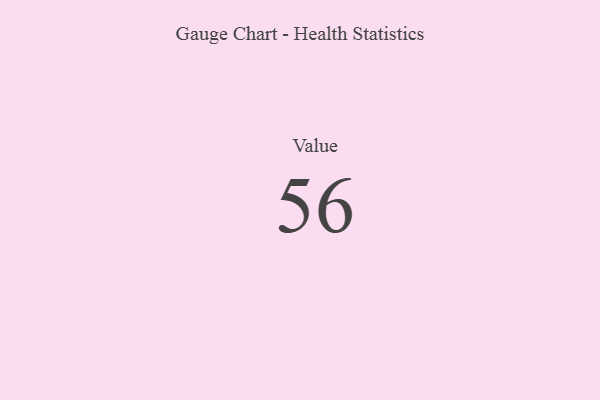
{"axis": {"x": "Metric", "y": "Value"}, "legend": [""], "data": [{"x": "Value", "y": 56, "type": ""}]}